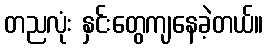
တညလုံး နှင်းတွေကျနေခဲ့တယ်။